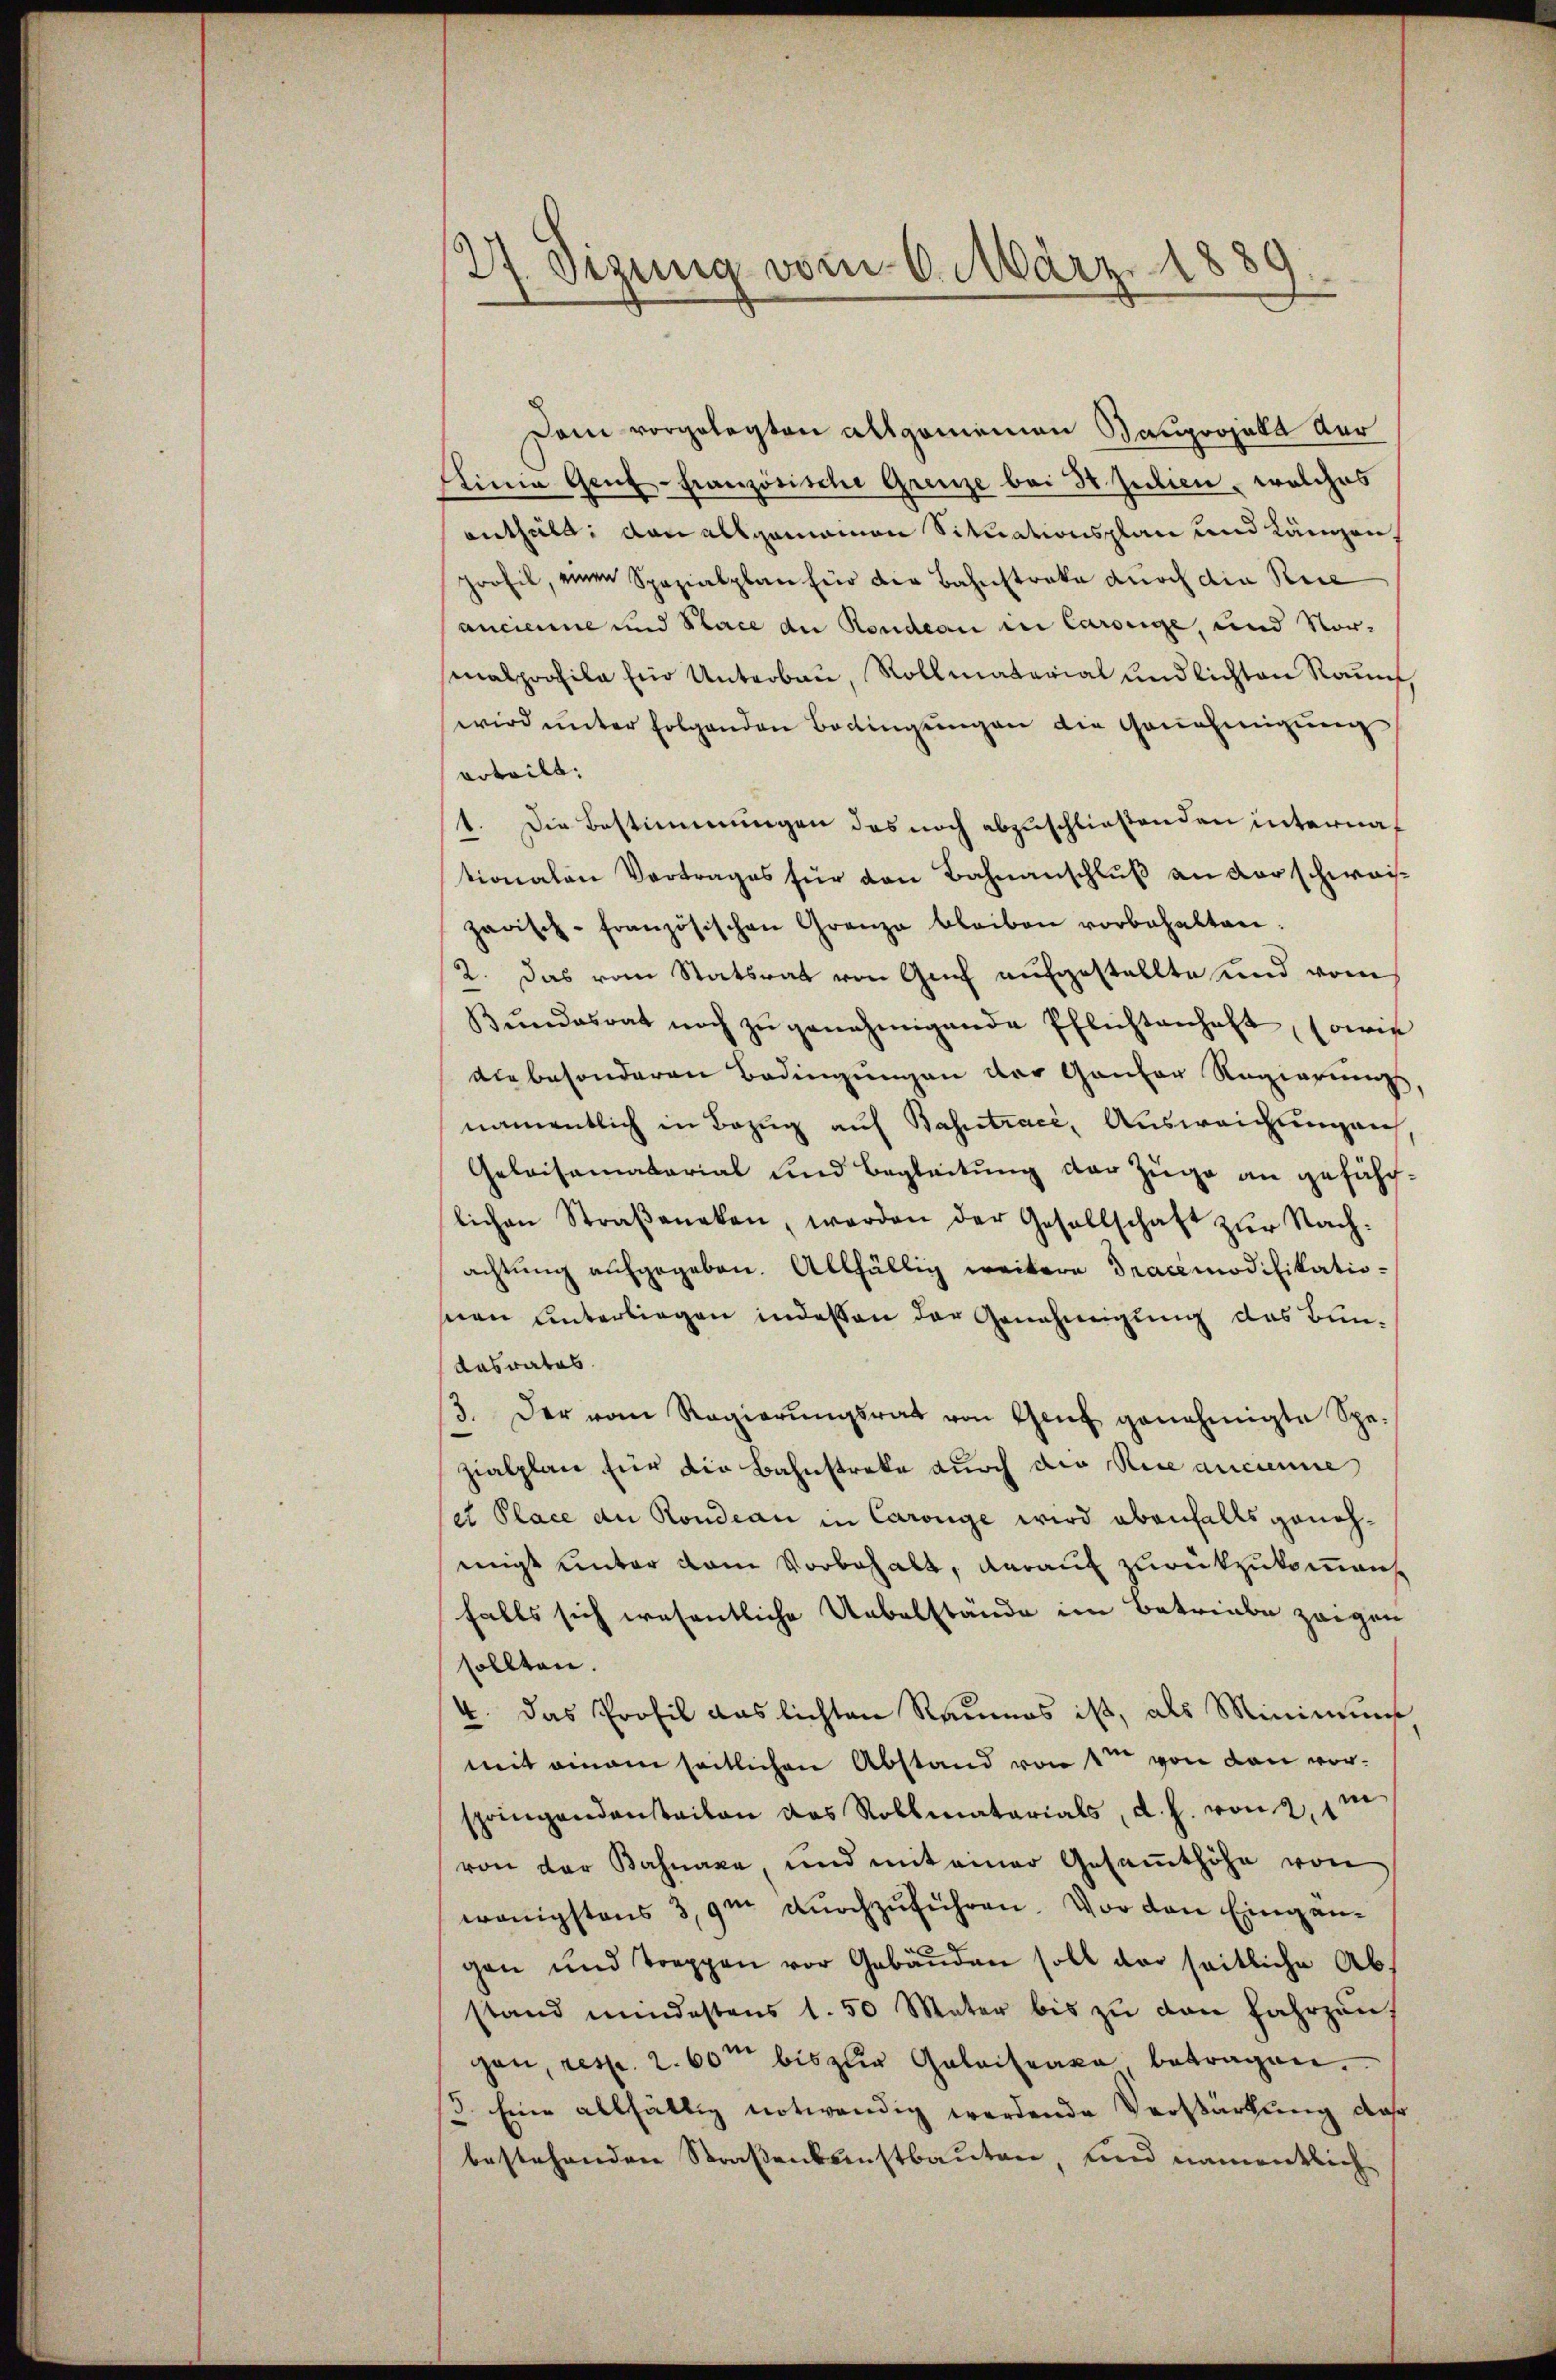
27. Dezung vom 6. März 1889.

Dem vorgelegten allgemeinen Gauprosala der
Elinie Genf-Französische Grenze bei 34 sectien, welches
enthüld; dan allgemeinen Situationsplan und Längen
profil, einen Spazialplan für die Bahnstreke durch die Rece
ancienne und Place an Rondern in Carolge, und Vor-
malprofile Ein Unterbau, Rollmaterial endlichten Raunf,
wird unter folgenden Bedingungen die Genehmigung
vrteilt:
1. Die Bestimmungen das noch abzuschließenden internationalen Vertrages für den Bahnanschluß an darschwaizarisch-Französischen Granze bleiben vorbehalten:
2. Das vom Statsrat von Genf aufgestellte und vom
Bŭndesrat noch zŭ genehmigende Pflichtenhaft, sowie
die besonderen Bedingungen der Gantor Regierungs
namentlich in Bezug auf Bahntrace, Ausweichungen,
Geleisematorial und Begleitung der Züge an geführlichen Straβeneken, werden der Gesellschaft zŭr Nach-
achtŭng aufgegeben. Allfällig weitere Tracemodifikationen unterliegen indeßen der Genehmigung des Bundasrates
3. Der vom Regierŭngsrat von Genf genehmigte Spe-
zialplan für die Bahnstreke durch die Receancienne
e Place an Rondian in Carnge wird ebenfalls genohmigt unter dem Vorbehalt, darauf zurückzukommen.
falls sich wesentliche Uebelstände im Betriebe zeigen
sollten.
4. Das Profil Auslichten Raumes ist, als Minimums
mit einem seitlichen Abstand von 1te von den vorspringendensteilen das Rollmatarials, d. h. von 2, im
von der Bahnaxe, und mit einer Gesaṁthöhe von
wenigstens 3,9m durchzuführen. Vor den Eingängen und Treppen vor Gebäŭden soll der seitliche Abstand mindestens 1. 50 Mater bis zŭ den Fahrgaŭ,
gan, resp. 2. 60m bis zur Geleitrage betragen.
3. Eine allfällig notwendig werdende Verstärkung das
bestehenden Straßenkunstbauten, und namentlich